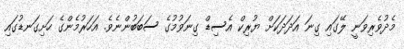
މެދުވެރިވަނީ ލޭގައި ގިނަ އަދަދަކަށް ޔުރިކް އެސިޑް ގިނަވުމުގެ ސަބަބުންނެވެ. އަހަރުމެންގެ ހަށިގަނޑުގައި